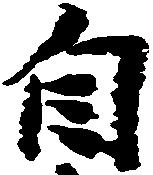
自